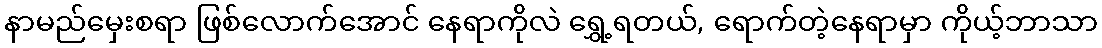
နာမည်မှေးစရာ ဖြစ်လောက်အောင် နေရာကိုလဲ ရွှေ့ရတယ်, ရောက်တဲ့နေရာမှာ ကိုယ့်ဘာသာ